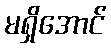
မရှိအောင်